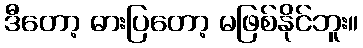
ဒီတော့ ဓားပြတော့ မဖြစ်နိုင်ဘူး။